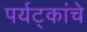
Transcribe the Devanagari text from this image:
पर्यट्कांचे